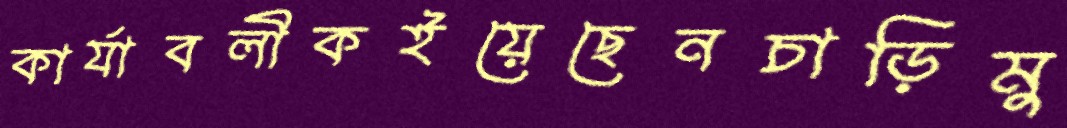
কার্যাবলীকইয়েছেনচাড়িমু